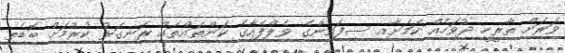
ވަރަށް ތާރީހީ ދުވަހެއް ކަމަށާއި ސިފައިންގެ ވެލްފެއާގެ ކަންތައްތައް ރަނގަޅު ކުރުމަށް ބޮޑެތި